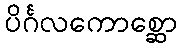
ပိင်္ဂလကောစ္ဆော